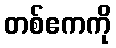
တစ်ဧကကို